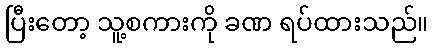
ပြီးတော့ သူ့စကားကို ခဏ ရပ်ထားသည်။